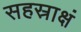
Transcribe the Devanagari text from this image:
सहस्राक्षं